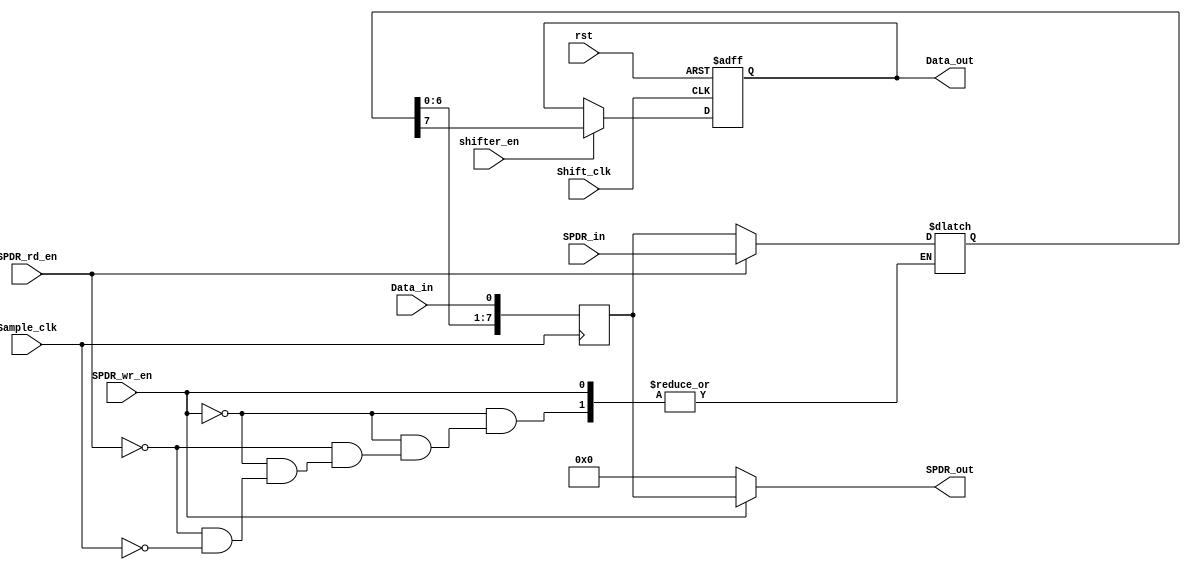

`default_nettype none
module Shifter #(parameter DWIDTH = 8)(
    input wire rst,
    input wire Sample_clk, // to take input from data in (from slave)
    input wire Shift_clk, // shifting inside shifter and to data out
    input wire Data_in,
    input wire shifter_en, //in shift clk block it should be one to shift (coming from controller)
    input wire SPDR_wr_en, // to write in spdr
    input wire SPDR_rd_en, // to read in spdr
    input wire [DWIDTH-1:0] SPDR_in,
    output reg [DWIDTH-1:0] SPDR_out,
    output reg Data_out
);
    reg [DWIDTH-1:0] shifter_data_reg;
    reg [DWIDTH-1:0] shifter_data;

    always@(negedge rst, posedge Shift_clk) begin
        if(~rst) begin
            Data_out <= 0;
        end
        else if(shifter_en) begin
            Data_out <= shifter_data[DWIDTH-1];  
        end
    end

    always@(posedge Sample_clk) begin
        shifter_data_reg <= {shifter_data[DWIDTH-2:0] ,Data_in};
    end

    always@(*) begin
        SPDR_out = 'b0 ;
        if (SPDR_wr_en) begin
            SPDR_out = shifter_data_reg ;
        end
        else if (SPDR_rd_en) begin
            shifter_data = SPDR_in;
        end
        else if (Sample_clk)
            shifter_data = shifter_data_reg;

    end

endmodule